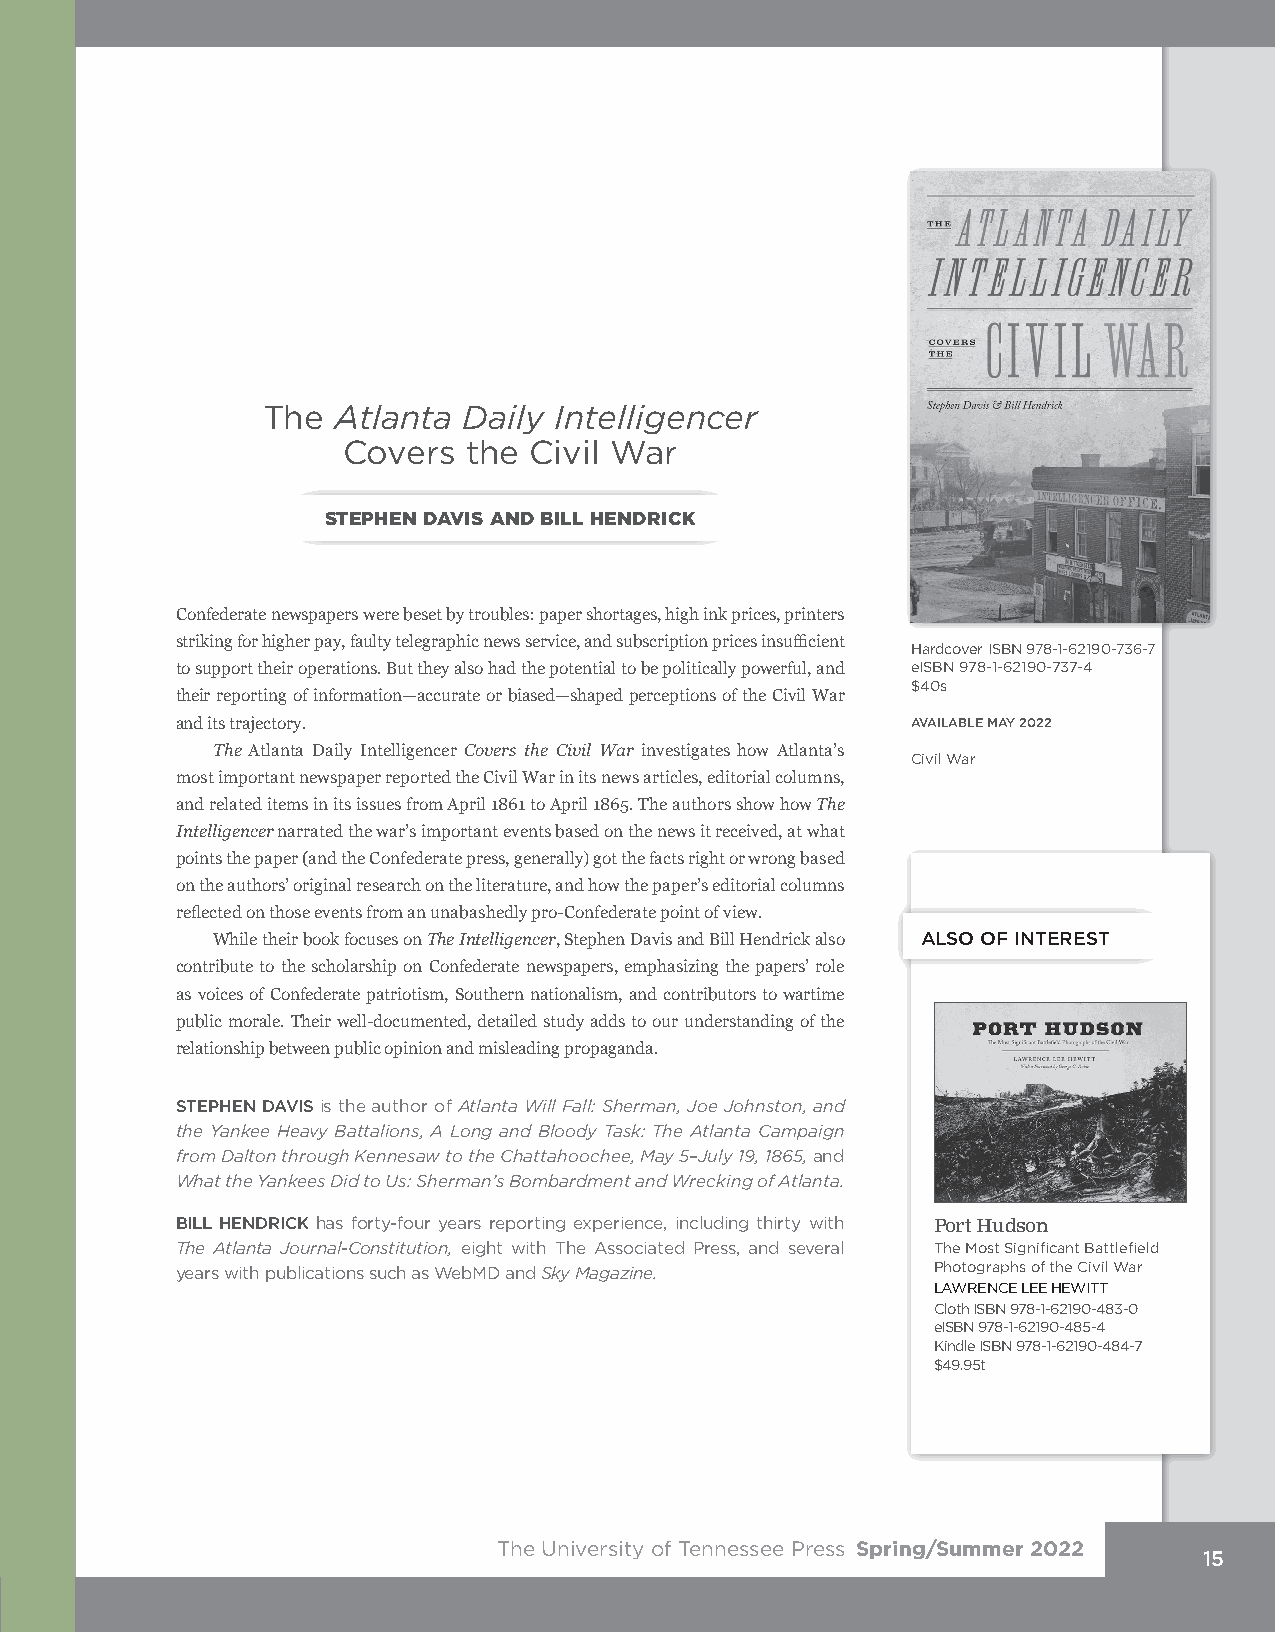
The  Atlanta  Daily Intelligencer
 Covers  the Civil War
 STEPHEN DAVIS AND BILL HENDRICK
 Confederate newspapers were beset by troubles: paper shortages, high ink prices, printers
 striking for higher pay, faulty telegraphic news service, and subscription prices insufficient
 Hardcover ISBN 978-1-62190-736-7
 to support their operations. But they also had the potential to be politically powerful, and eISBN 978-1-62190-737-4
 $40s
 their reporting of information—accurate or biased—shaped perceptions of the Civil War
 and its trajectory.                             AVAILABLE MAY 2022
 The Atlanta Daily Intelligencer Covers the Civil War investigates how Atlanta’s
 Civil War
 most important newspaper reported the Civil War in its news articles, editorial columns,
 and related items in its issues from April 1861 to April 1865. The authors show how The
 Intelligencer narrated the war’s important events based on the news it received, at what
 points the paper (and the Confederate press, generally) got the facts right or wrong based
 on the authors’ original research on the literature, and how the paper’s editorial columns
 reflected on those events from an unabashedly pro-Confederate point of view.
 While their book focuses on The Intelligencer, Stephen Davis and Bill Hendrick also ALSO OF INTEREST
 contribute to the scholarship on Confederate newspapers, emphasizing the papers’ role
 as voices of Confederate patriotism, Southern nationalism, and contributors to wartime
 public morale. Their well-documented, detailed study adds to our understanding of the
 relationship between public opinion and misleading propaganda.
 STEPHEN DAVIS is the author of Atlanta Will Fall: Sherman, Joe Johnston, and
 the Yankee Heavy Battalions, A Long and Bloody Task: The Atlanta Campaign
 from Dalton through Kennesaw to the Chattahoochee, May 5–July 19, 1865, and
 What the Yankees Did to Us: Sherman’s Bombardment and Wrecking of Atlanta.
 BILL HENDRICK has forty-four years reporting experience, including thirty with Port Hudson
 The Atlanta Journal-Constitution, eight with The Associated Press, and several The Most Significant Battlefield
 years with publications such as WebMD and Sky Magazine. Photographs of the Civil War
 LAWRENCE LEE HEWITT
 Cloth ISBN 978-1-62190-483-0
 eISBN 978-1-62190-485-4
 Kindle ISBN 978-1-62190-484-7
 $49.95t
 The University of Tennessee Press Spring/Summer 2022
 15